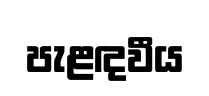
පැළඳවීය